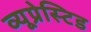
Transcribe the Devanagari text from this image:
व्यूप्रेस्टिड